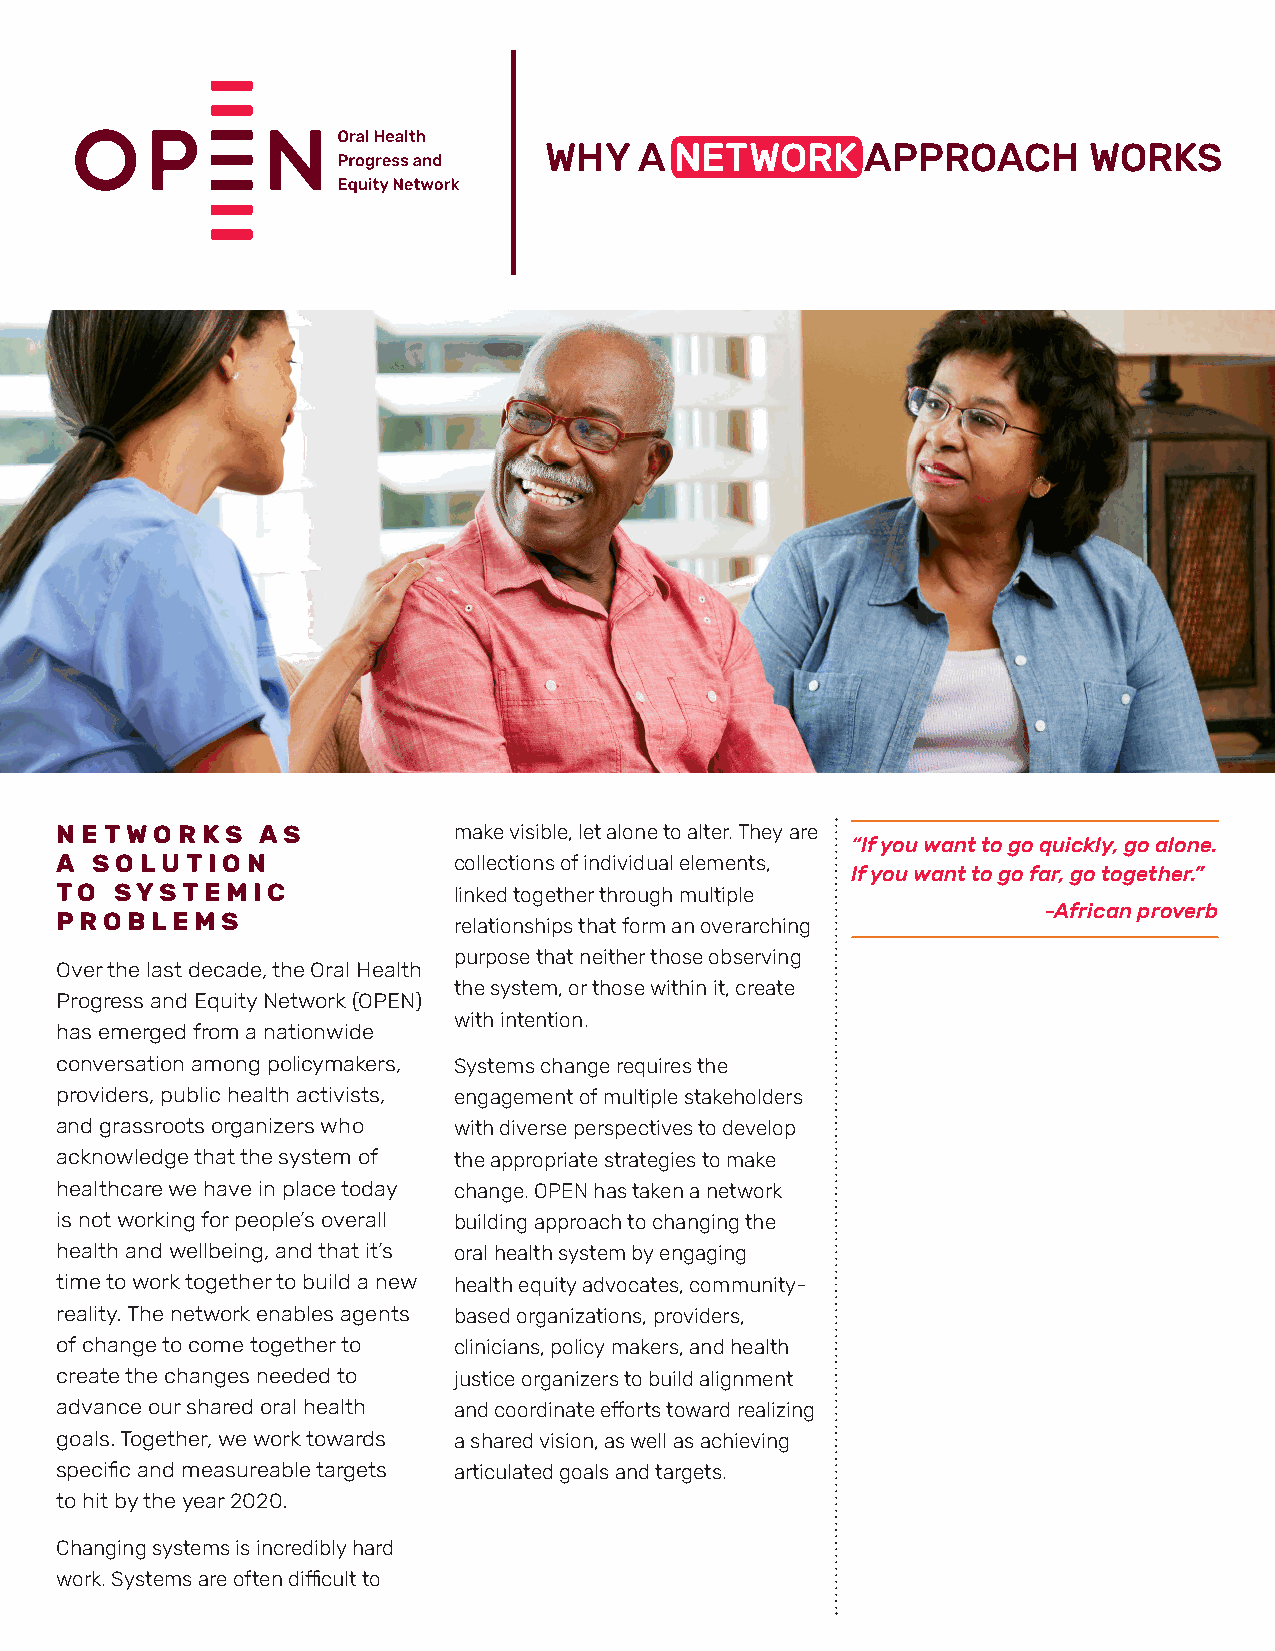
WHY   A  NETWORK     APPROACH       WORKS
 NETWORKS     AS           make visible, let alone to alter. They are
 “If you want to go quickly, go alone.
 A SOLUTION                collections of individual elements,
 If you want to go far, go together.”
 TO  SYSTEMIC              linked together through multiple
 -African proverb
 PROBLEMS                  relationships that form an overarching
 purpose that neither those observing
 Over the last decade, the Oral Health
 the system, or those within it, create
 Progress and Equity Network (OPEN)
 with intention.
 has emerged from a nationwide
 conversation among policymakers, Systems change requires the
 providers, public health activists, engagement of multiple stakeholders
 and grassroots organizers who with diverse perspectives to develop
 acknowledge that the system of the appropriate strategies to make
 healthcare we have in place today change. OPEN has taken a network
 is not working for people’s overall building approach to changing the
 health and wellbeing, and that it’s oral health system by engaging
 time to work together to build a new health equity advocates, community-
 reality. The network enables agents based organizations, providers,
 of change to come together to clinicians, policy makers, and health
 create the changes needed to justice organizers to build alignment
 advance our shared oral health and coordinate efforts toward realizing
 goals. Together, we work towards a shared vision, as well as achieving
 specific and measureable targets articulated goals and targets.
 to hit by the year 2020.
 Changing systems is incredibly hard
 work. Systems are often difficult to